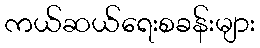
ကယ်ဆယ်ရေးစခန်းများ